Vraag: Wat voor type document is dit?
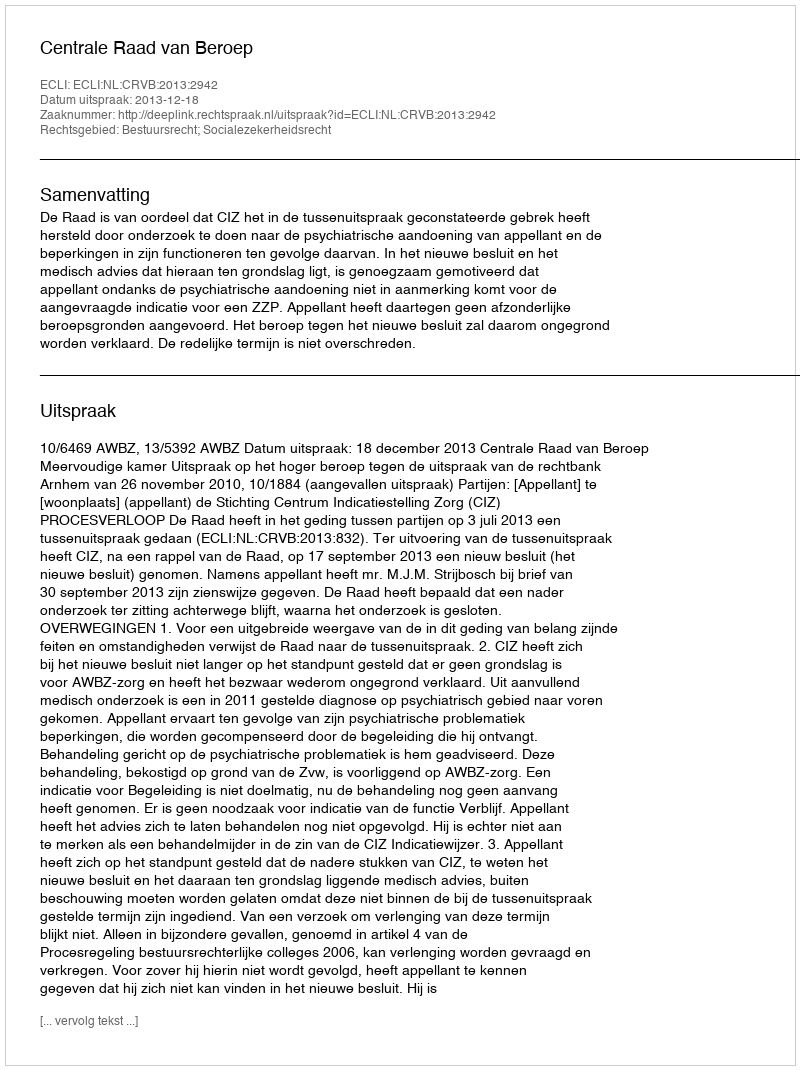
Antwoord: Uitspraak